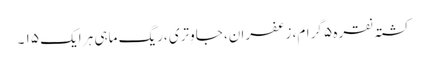
کشتہ نقرہ ۵ گرام، زعفران، جاوِتری ،ریگ ماہی ہر ایک ۱۵ ۔